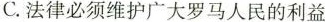
C.法律必须维护广大罗马人民的利益